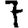
Digit: 7